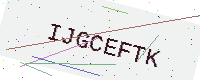
Text: IJGCEFTK